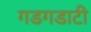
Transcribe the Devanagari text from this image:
गडगडाटी